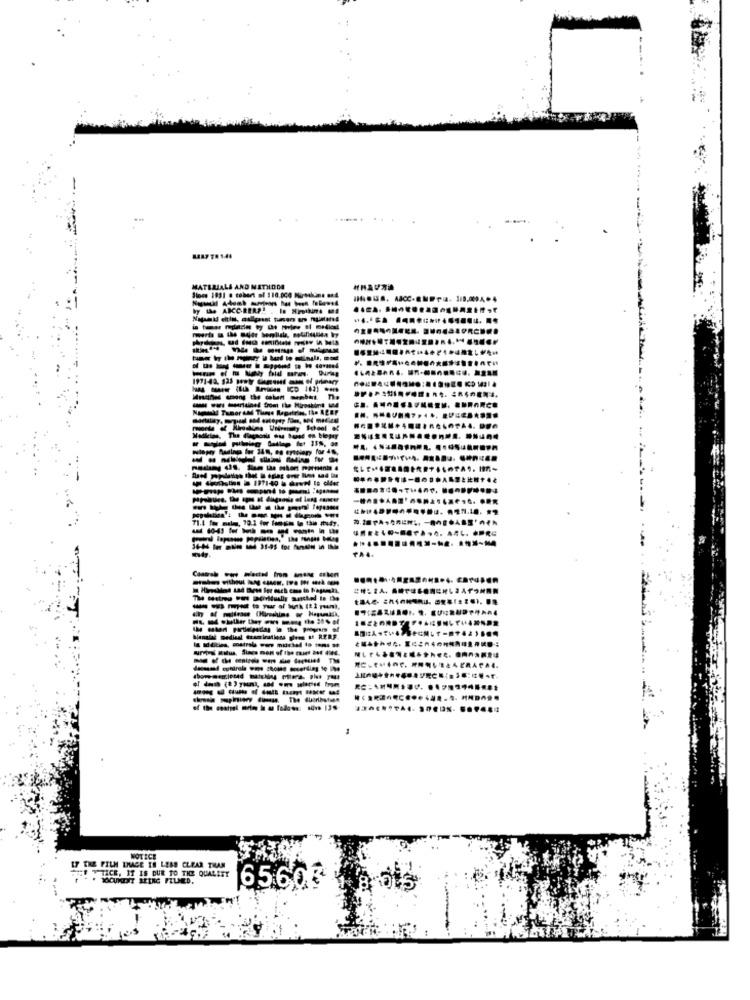
MATERIAL
Since 1931
1/9,009
--------
IF THE FILM IMAGE TE LESS CLEAR THAN
NOTICE
YTICE, IT IS DUE TO THE QUALITY
DOCUMENT ARING FILMED,
6560